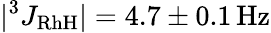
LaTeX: |^{3}J_{\mathrm{RhH}}|=4.7\pm 0.1\mathrm{\, Hz}